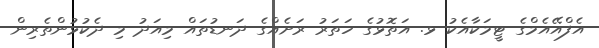
އެފްއޭއެމްގެ ޓީމަކާއެކު ޅ. އަތޮޅުގެ ހަތަރު ރަށެއްގެ ދަނޑުތައް މިއަދު މި ދެކުޅުންތެރިން